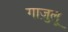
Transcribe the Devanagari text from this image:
गाज़ुलू